Annual report of the Imperial Bacteriological Laboratory, Muktesar
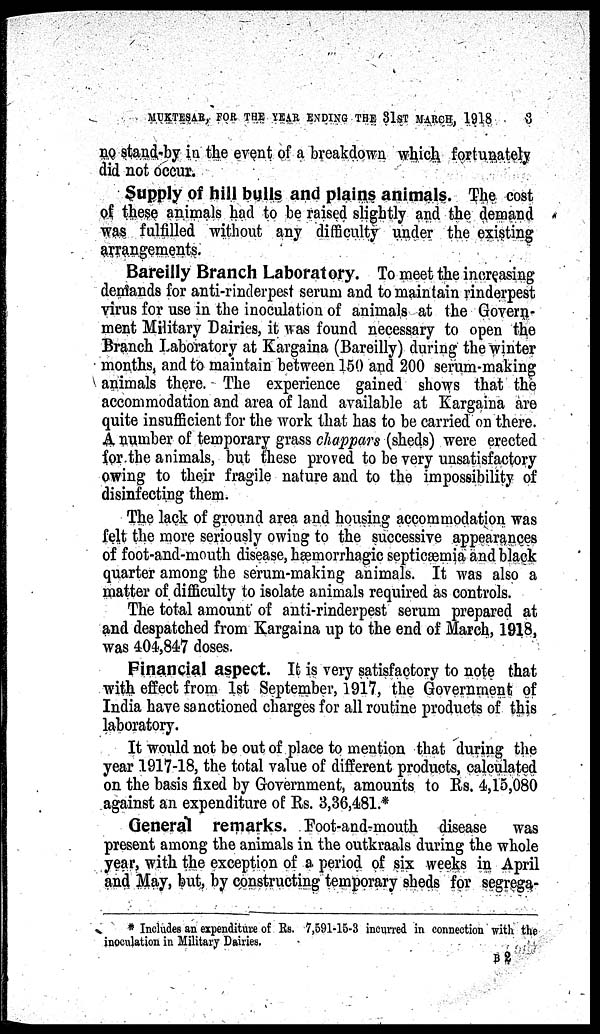
MUKTESAR, FOR THE YEAR ENDING THE 31ST MARCH, 1918
3
no stand-by in the event of a breakdown which fortunately
did not occur.
Supply of hill bulls and plains animals. The cost
of these animals had to be raised slightly and the demand
was fulfilled without any difficulty under the existing
arrangements.
Bareilly Branch Laboratory. To meet the increasing
demands for anti-rinderpest serum and to maintain rinderpest
virus for use in the inoculation of animals at the Govern-
ment Military Dairies, it was found necessary to open the
Branch Laboratory at Kargaina (Bareilly) during the winter
months, and to maintain between 150 and 200 serum-making
animals there. The experience gained shows that the
accommodation and area of land available at Kargaina are
quite insufficient for the work that has to be carried on there.
A number of temporary grass chappars (sheds) were erected
for the animals, but these proved to be very unsatisfactory
owing to their fragile nature and to the impossibility of
disinfecting them.
The lack of ground area and housing accommodation was
felt the more seriously owing to the successive appearances
of foot-and-mouth disease, hæmorrhagic septicæmia and black
quarter among the serum-making animals. It was also a
matter of difficulty to isolate animals required as controls.
The total amount of anti-rinderpest serum prepared at
and despatched from Kargaina up to the end of March, 1918,
was 404,847 doses.
Financial aspect. It is very satisfactory to note that
with effect from 1st September, 1917, the Government of
India have sanctioned charges for all routine products of this
laboratory.
It would not be out of place to mention that during the
year 1917-18, the total value of different products, calculated
on the basis fixed by Government, amounts to Rs. 4,15,080
against an expenditure of Rs. 3,36,481.*
General remarks. Foot-and-mouth disease was
present among the animals in the outkraals during the whole
year, with the exception of a period of six weeks in April
and May, but, by constructing temporary sheds for segrega-
* Includes an expenditure of Rs. 7,591-15-3 incurred in connection with the
inoculation in Military Dairies.
B 2